Report of the Municipal Commissioner on the plague in Bombay for the year ending 31st May... - Volume 2
Disease focus: Plague
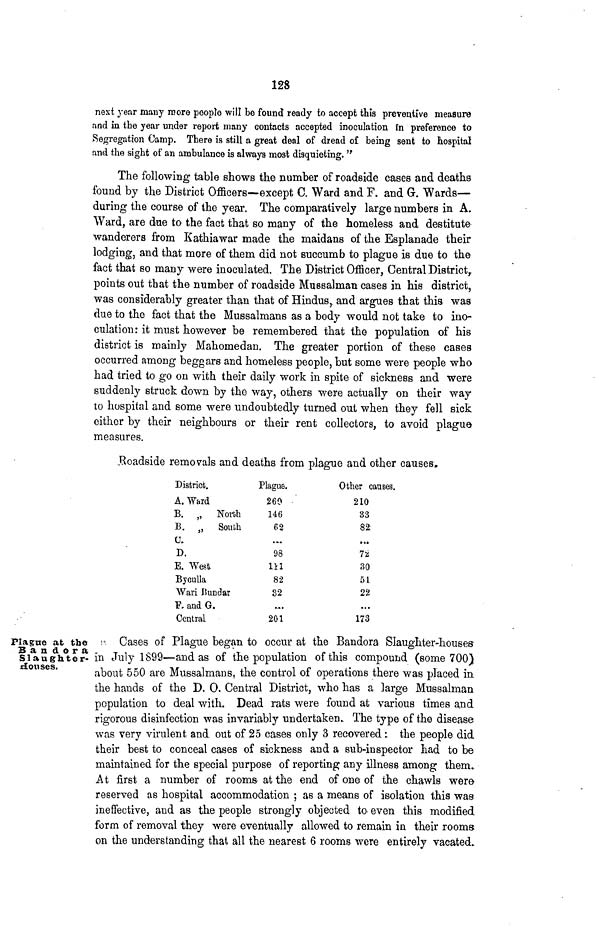
128
next year many more people will be found ready to accept this preventive measure
and in the year under report many contacts accepted inoculation in preference to
Segregation Camp. There is still a great deal of dread of being sent to hospital
and the sight of an ambulance is always most disquieting. "
The following table shows the number of roadside cases and deaths
found by the District Officers—except C. Ward and F. and G. Wards—
during the course of the year. The comparatively large numbers in A.
Ward, are due to the fact that so many of the homeless and destitute
wanderers from Kathiawar made the maidans of the Esplanade their
lodging, and that more of them did not succumb to plague is due to the
fact that so many were inoculated. The District Officer, Central District,
points out that the number of roadside Muesalman cases in his district,
was considerably greater than that of Hindus,, and argues that this was
due to the fact that the Mussalmans as a body would not take to ino-
culation: it must however be remembered that the population of his
district is mainly Mahomedan. The greater portion of these eases
occurred among beggars and homeless people, but some were people who
had tried to go on with their daily work in spite of sickness and were
suddenly struck down by the way, others were actually on their way
to hospital and some were undoubtedly turned out when they fell sick
either by their neighbours or their rent collectors, to avoid plague
measures.
.Roadside removals and deaths from plague and other causes.
District.
A. Ward
B. „ North
B. 3 , Soufch
a
D.
E. West.
Byculla
Wari Bundar
F. and G.
Central
Plague.
260
146
62
....
98
111
82
32
.....
201
Other causes.
210
33
82.
...
72
30
51
22
...
173
Plague at the
3 a n d o r a
Slaughter-
Houses.
i- Cases of Plague began to occur at the Bandora Slaughter-houses
in July .1899—and as of the population of this compound (some 700)
about 550 are Mussalmans, the control of operations there was placed in
the hands of the D. 0. Central District, who has a large Mussalman
population to deal with. Dead rats were found at various times and
rigorous disinfection was invariably undertaken. The type of the disease
was very virulent and. out of 25 cases only 3 recovered: the people did
their best to conceal cases of sickness and a sub-inspector had to be
maintained for the special purpose of reporting any illness among them..
At first a number of rooms- at the end of one of the chawls were
reserved as hospital accommodation ; as a means of isolation this was
ineffective, and as the people strongly objected to even this modified
form of removal they were eventually allowed to remain in their rooms:
on the understanding that all the nearest 6 rooms were entirely vacated.